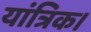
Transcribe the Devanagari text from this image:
यांत्रिक।